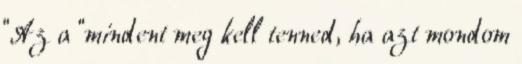
“Az a “mindent meg kell tenned, ha azt mondom